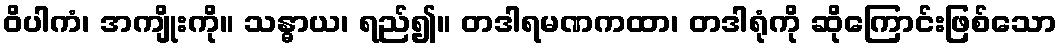
ဝိပါကံ၊ အကျိုးကို။ သန္ဓာယ၊ ရည်၍။ တဒါရမဏကထာ၊ တဒါရုံကို ဆိုကြောင်းဖြစ်သော